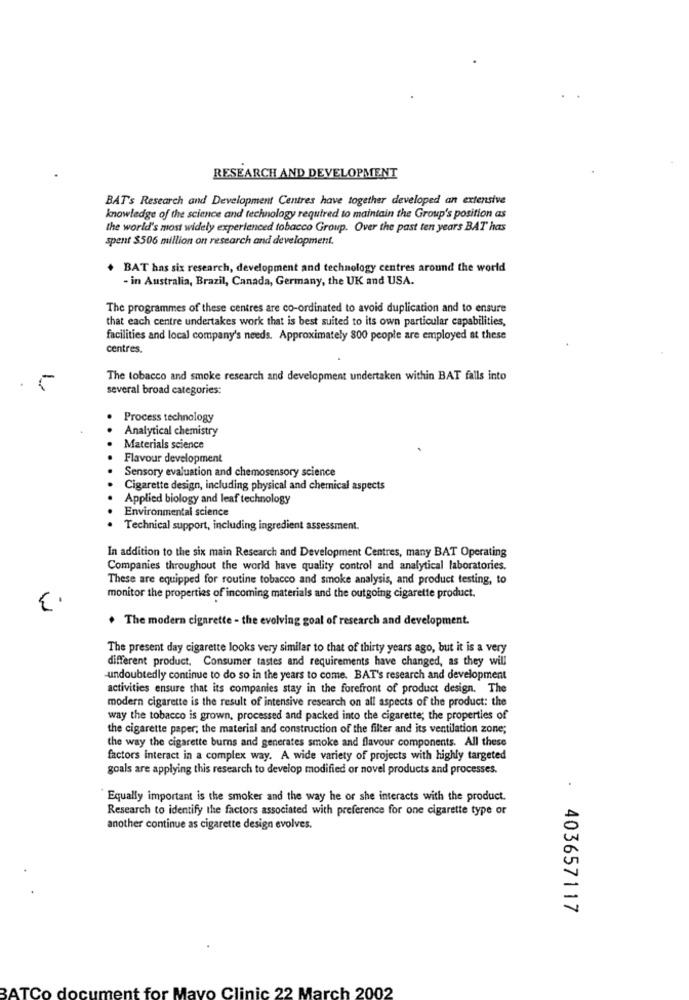
RESEARCH AND DEVELOPMENT
BAT's Research and Development Centres have together developed an extensive
knowledge of the science and technology required to maintain the Group's position as
the world's most widely experienced tobacco Group. Over the past ten years BAT has
spent $506 million on research and development.
. BAT has six research, development and technology centres around the world
- in Australia, Brazil, Canada, Germany, the UK and USA.
The programmes of these centres are co-ordinated to avoid duplication and to ensure
that each centre undertakes work that is best suited to its own particular capabilities,
facilities and local company's needs. Approximately 800 people are employed at these
centres.
The tobacco and smoke research and development undertaken within BAT falls into
several broad categories:
Process technology
Analytical chemistry
Materials science
Flavour development
Sensory evaluation and chemosensory science
Cigarette design, including physical and chemical aspects
Applied biology and leaf technology
Environmental science
Technical support, including ingredient assessment.
In addition to the six main Research and Development Centres, many BAT Operating
Companies throughout the world have quality control and analytical laboratories.
These are equipped for routine tobacco and smoke analysis, and product testing, to
monitor the properties of incoming materials and the outgoing cigarette product.
. The modern cigarette - the evolving goal of research and development.
The present day cigarette looks very similar to that of thirty years ago, but it is a very
different product. Consumer tastes and requirements have changed, as they will
-undoubtedly continue to do so in the years to come. BAT's research and development
activities ensure that its companies stay in the forefront of product design. The
modern cigarette is the result of intensive research on all aspects of the product: the
way the tobacco is grown, processed and packed into the cigarette; the properties of
the cigarette paper; the material and construction of the filter and its ventilation zone;
the way the cigarette burns and generates smoke and flavour components. All these
factors interact in a complex way. A wide variety of projects with highly targeted
goals are applying this research to develop modified or novel products and processes.
Equally important is the smoker and the way he or she interacts with the product.
Research to identify the factors associated with preference for one cigarette type or
another continue as cigarette design evolves.
403657117
ment for Mayo Clinic 22 March 2002
BATCo doct